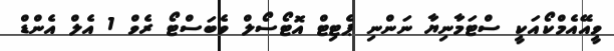
ވީއޭއެމްކޯއަކީ ސްޓަމާނިޔާ ނަންނި ޕެޓިޓް އޮޓޯސޯލް ވެބަސްޓޯ ރެވް 1 އެލް އެންޑް